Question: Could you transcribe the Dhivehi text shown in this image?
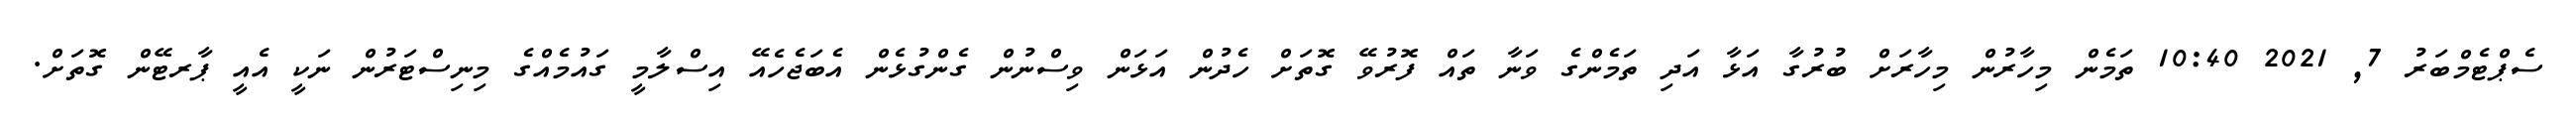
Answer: ސެޕްޓެމްބަރު 7, 2021 10:40 ތަމެން މިހާރުން މިހާރަށް ބުރުގާ އަޅާ އަދި ތަމެންގެ ވަނާ ތައް ފޮރުވޭ ގޮތަށް ހެދުން އަޅަން ވިސްނުން ގެންގުޅެން އެބަޖެހެއޭ އިސްލާމީ ގައުމެއްގެ މިނިސްޓަރުން ނަކީ އެއީ ޕާރޓޭން ގޮތަށް.